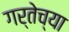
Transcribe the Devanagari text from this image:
गर्तेच्या